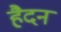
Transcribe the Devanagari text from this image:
हैदन